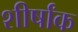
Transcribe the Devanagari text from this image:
शीर्षांक